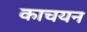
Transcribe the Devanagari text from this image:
काचयन